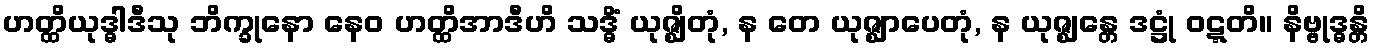
ဟတ္ထိယုဒ္ဓါဒီသု ဘိက္ခုနော နေဝ ဟတ္ထိအာဒီဟိ သဒ္ဓိံ ယုဇ္ဈိတုံ, န တေ ယုဇ္ဈာပေတုံ, န ယုဇ္ဈန္တေ ဒဋ္ဌုံ ဝဋ္ဋတိ။ နိဗ္ဗုဒ္ဓန္တိ